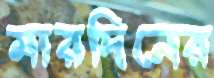
মারদিনের